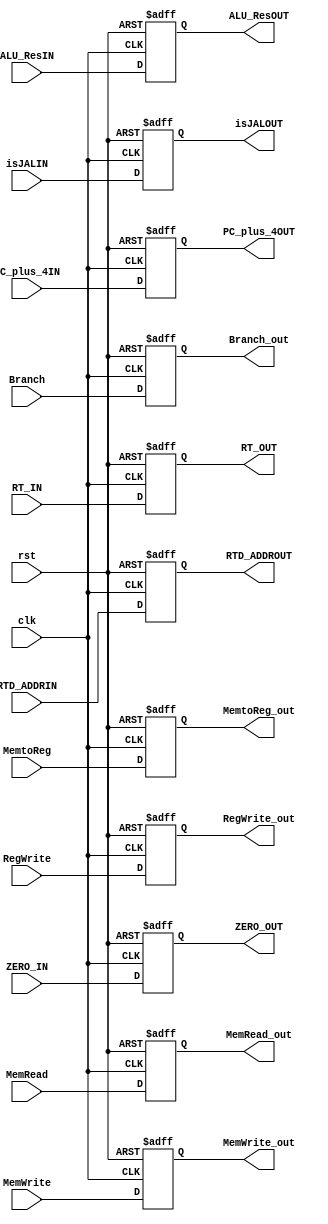
module EX_MEMreg(clk,rst,RTD_ADDRIN,ALU_ResIN,RT_IN,
						RegWrite,MemtoReg,Branch,MemRead,MemWrite,ZERO_IN,
						RTD_ADDROUT,ALU_ResOUT,RT_OUT,
						RegWrite_out,MemtoReg_out,Branch_out,MemRead_out,MemWrite_out,ZERO_OUT,PC_plus_4IN,PC_plus_4OUT,
						isJALIN,isJALOUT);
input clk,rst;
input [4:0] RTD_ADDRIN;
input [31:0] ALU_ResIN,RT_IN,PC_plus_4IN;
input RegWrite,MemtoReg,Branch,MemRead,MemWrite,ZERO_IN;
input isJALIN;
output [4:0] RTD_ADDROUT;
output [31:0] ALU_ResOUT,RT_OUT,PC_plus_4OUT;
output RegWrite_out,MemtoReg_out,Branch_out,MemRead_out,MemWrite_out,ZERO_OUT;
output isJALOUT;
reg [4:0] RTD_ADDROUT;
reg [31:0] ALU_ResOUT,RT_OUT;
reg RegWrite_out,MemtoReg_out,Branch_out,MemRead_out,MemWrite_out,ZERO_OUT;

always@(posedge clk or posedge rst)
begin
	if(rst) 
	begin
		RTD_ADDROUT <= 5'b0;
		ALU_ResOUT <= 32'b0;
		RT_OUT <= 32'b0;
		RegWrite_out <= 0;
		MemtoReg_out <= 0;
		Branch_out <= 0;
		MemRead_out <= 0;
		MemWrite_out <= 0;
		ZERO_OUT <= 0;
		PC_plus_4OUT <= 0;
		isJALOUT <= 0;
	end
	else begin
		RTD_ADDROUT <= RTD_ADDRIN;
		ALU_ResOUT <= ALU_ResIN;
		RT_OUT <= RT_IN;
		RegWrite_out <= RegWrite;
		MemtoReg_out <= MemtoReg;
		Branch_out <= Branch;
		MemRead_out <= MemRead;
		MemWrite_out <= MemWrite;
		ZERO_OUT <= ZERO_IN;
		PC_plus_4OUT <= PC_plus_4IN;
		isJALOUT <= isJALIN;
	end
end
endmodule